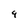
Character: 9